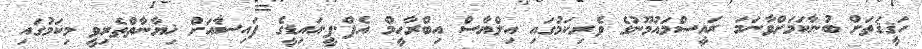
ހަޤީޤަތަށް ބުނާކަމަށްވާނަމަ ރައީސްމައުމޫނުގެ ވެރިކަމުގައި އިލްޔާސް އިބްރާހީމް އެފް.ޕީ.އައިޑީގެ ފައިސާއަށް ޚިޔާނާތްތެރިވީ މިކަމުގައި